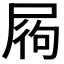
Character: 𡱺